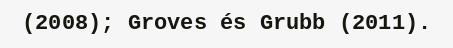
(2008); Groves és Grubb (2011).